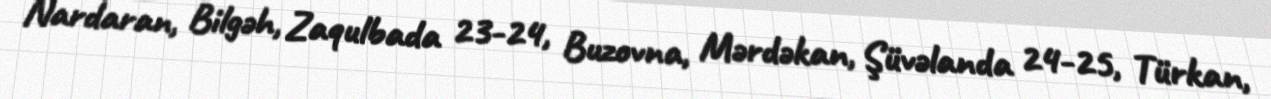
Nardaran, Bilgəh, Zaqulbada 23-24, Buzovna, Mərdəkan, Şüvəlanda 24-25, Türkan,